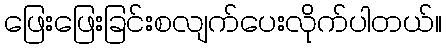
ဖြေးဖြေးခြင်းစလျက်ပေးလိုက်ပါတယ်။